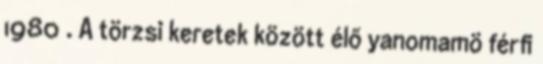
1980 . A törzsi keretek között élő yanomamö férﬁ